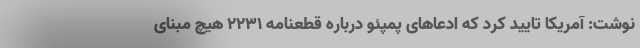
نوشت: آمریکا تایید کرد که ادعا‌های پمپئو درباره قطعنامه ۲۲۳۱ هیچ مبنای